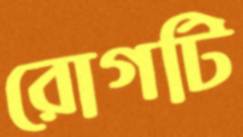
রোগটি